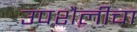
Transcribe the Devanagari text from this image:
उपशैलीचा